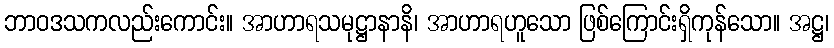
ဘာဝဒသကလည်းကောင်း။ အာဟာရသမုဋ္ဌာနာနိ၊ အာဟာရဟူသော ဖြစ်ကြောင်းရှိကုန်သော။ အဋ္ဌ၊